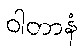
ဝါတာနံ